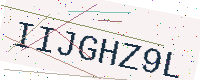
Text: IIJGHZ9L